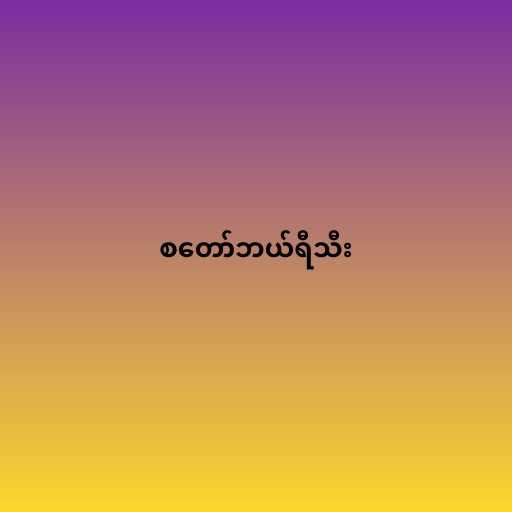
စတော်ဘယ်ရီသီး